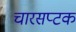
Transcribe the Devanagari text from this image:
चारसप्टक